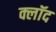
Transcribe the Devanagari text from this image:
क्लॉद